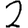
Digit: 2